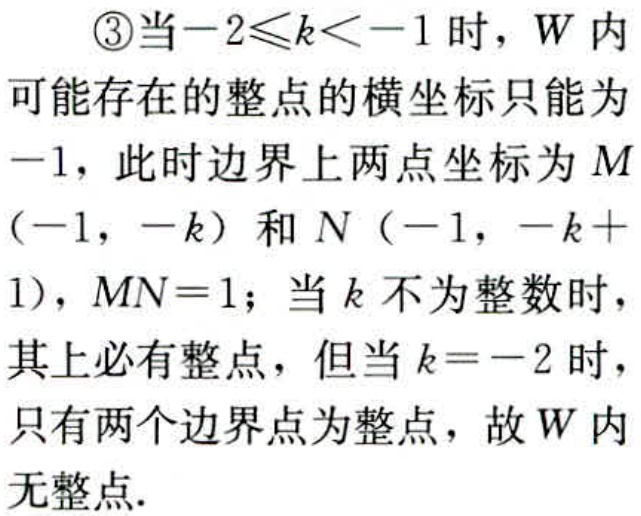
\textcircled{3}当\(-2\leqslant k < -1\)时，\(W\)内可能存在的整点的横坐标只能为\(-1\)，此时边界上两点坐标为\(M(-1, -k)\)和\(N(-1, -k + 1)\)，\(MN = 1\)；当\(k\)不为整数时，其上必有整点，但当\(k = -2\)时，只有两个边界点为整点，故\(W\)内无整点.